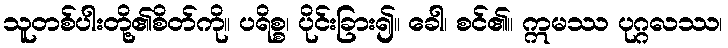
သူတစ်ပါးတို့၏စိတ်ကို။ ပရိစ္စ၊ ပိုင်းခြား၍။ ခေါ၊ စင်၏။ ဣမဿ ပုဂ္ဂလဿ၊